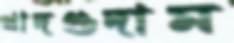
খাদগুদাম